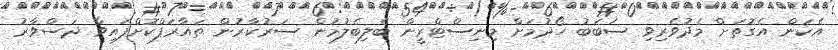
އެކަން އެގޮތަށް މެދުވެރިވި ސަބަބު ހޯދުމަށް މިނިސްޓްރީން ބެލިބެލުމުން ސަރުކާރުން ތައާރަފްކޮށްފައިވާ ދަސްވާރު